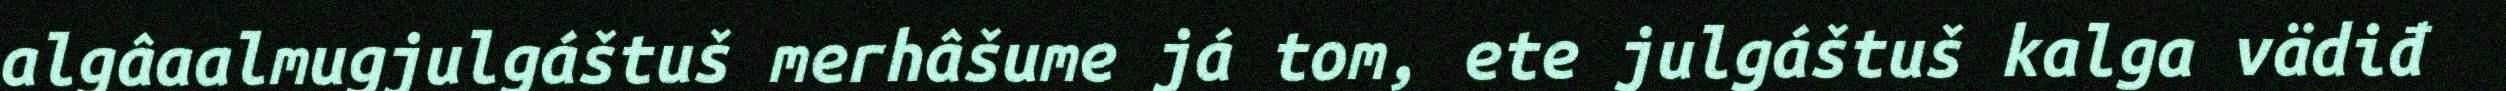
algâaalmugjulgáštuš merhâšume já tom, ete julgáštuš kalga vädiđ